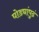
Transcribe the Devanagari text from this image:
घोड्यांपुढं